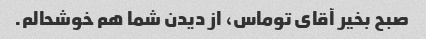
صبح بخیر آقای توماس، از دیدن شما هم خوشحالم.